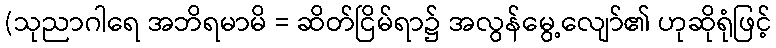
(သုညာဂါရေ အဘိရမာမိ = ဆိတ်ငြိမ်ရာ၌ အလွန်မွေ့လျော်၏ ဟုဆိုရုံဖြင့်